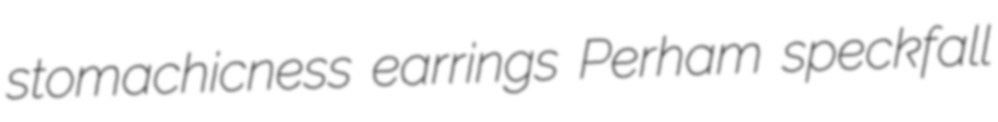
stomachicness earrings Perham speckfall